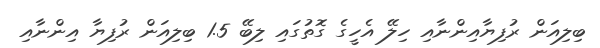
ބިލިއަން ރުފިޔާއިންނާއި ހިލޭ އެހީގެ ގޮތުގައި ލިބޭ 1.5 ބިލިއަން ރުފިޔާ އިންނާއި